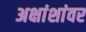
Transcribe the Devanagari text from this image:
अक्षांशांवर